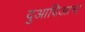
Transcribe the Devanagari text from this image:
दुआदिआना